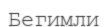
Бегимли